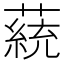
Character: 𦼟